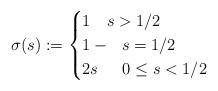
LaTeX: \begin{align*}\sigma(s) := \begin{cases}1 \ {} \ \ s > 1/2 \\1- {} \ \ s = 1/2 \\2s \ \ \, {} \ \ 0 \leq s < 1/2\end{cases} \end{align*}